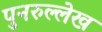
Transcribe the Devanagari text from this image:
पुनरुल्लेख